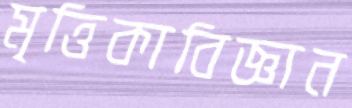
মৃত্তিকাবিজ্ঞান